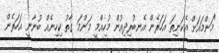
"މަންމައަށް އެކަނިތަ އަހަރެން އެނބުރިދިއުން މުހިއްމީ މަންމަ ގާތު ކިހިނެއް ބުނާނީ އަހަރެން